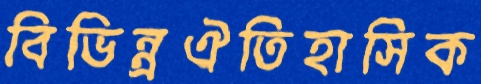
বিভিন্ন্রঐতিহাসিক